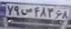
۷۹س۴۸۳۶۸